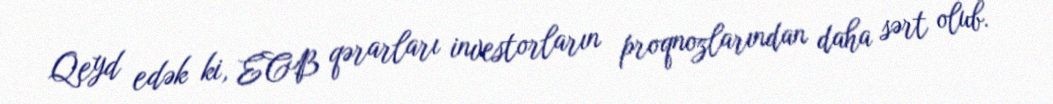
Qeyd edək ki, ECB qərarları investorların proqnozlarından daha sərt olub.